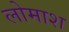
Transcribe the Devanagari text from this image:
लोमाश